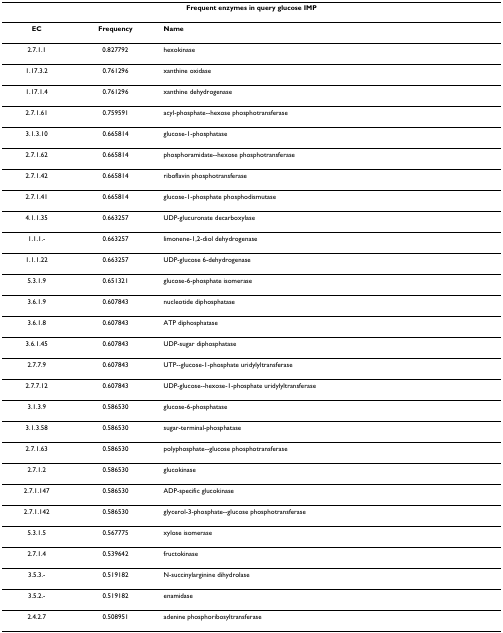
<table><thead><tr><td colspan="3"><b>Frequent enzymes in query glucose IMP</b></td></tr></thead><tbody><tr><td><b>EC</b></td><td><b>Frequency</b></td><td><b>Name</b></td></tr><tr><td>2.7.1.1</td><td>0.827792</td><td>hexokinase</td></tr><tr><td>1.17.3.2</td><td>0.761296</td><td>xanthine oxidase</td></tr><tr><td>1.17.1.4</td><td>0.761296</td><td>xanthine dehydrogenase</td></tr><tr><td>2.7.1.61</td><td>0.759591</td><td>acyl-phosphate--hexose phosphotransferase</td></tr><tr><td>3.1.3.10</td><td>0.665814</td><td>glucose-1-phosphatase</td></tr><tr><td>2.7.1.62</td><td>0.665814</td><td>phosphoramidate--hexose phosphotransferase</td></tr><tr><td>2.7.1.42</td><td>0.665814</td><td>riboflavin phosphotransferase</td></tr><tr><td>2.7.1.41</td><td>0.665814</td><td>glucose-1-phosphate phosphodismutase</td></tr><tr><td>4.1.1.35</td><td>0.663257</td><td>UDP-glucuronate decarboxylase</td></tr><tr><td>1.1.1.-</td><td>0.663257</td><td>limonene-1,2-diol dehydrogenase</td></tr><tr><td>1.1.1.22</td><td>0.663257</td><td>UDP-glucose 6-dehydrogenase</td></tr><tr><td>5.3.1.9</td><td>0.651321</td><td>glucose-6-phosphate isomerase</td></tr><tr><td>3.6.1.9</td><td>0.607843</td><td>nucleotide diphosphatase</td></tr><tr><td>3.6.1.8</td><td>0.607843</td><td>ATP diphosphatase</td></tr><tr><td>3.6.1.45</td><td>0.607843</td><td>UDP-sugar diphosphatase</td></tr><tr><td>2.7.7.9</td><td>0.607843</td><td>UTP--glucose-1-phosphate uridylyltransferase</td></tr><tr><td>2.7.7.12</td><td>0.607843</td><td>UDP-glucose--hexose-1-phosphate uridylyltransferase</td></tr><tr><td>3.1.3.9</td><td>0.586530</td><td>glucose-6-phosphatase</td></tr><tr><td>3.1.3.58</td><td>0.586530</td><td>sugar-terminal-phosphatase</td></tr><tr><td>2.7.1.63</td><td>0.586530</td><td>polyphosphate--glucose phosphotransferase</td></tr><tr><td>2.7.1.2</td><td>0.586530</td><td>glucokinase</td></tr><tr><td>2.7.1.147</td><td>0.586530</td><td>ADP-specific glucokinase</td></tr><tr><td>2.7.1.142</td><td>0.586530</td><td>glycerol-3-phosphate--glucose phosphotransferase</td></tr><tr><td>5.3.1.5</td><td>0.567775</td><td>xylose isomerase</td></tr><tr><td>2.7.1.4</td><td>0.539642</td><td>fructokinase</td></tr><tr><td>3.5.3.-</td><td>0.519182</td><td>N-succinylarginine dihydrolase</td></tr><tr><td>3.5.2.-</td><td>0.519182</td><td>enamidase</td></tr><tr><td>2.4.2.7</td><td>0.508951</td><td>adenine phosphoribosyltransferase</td></tr></tbody></table>